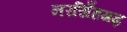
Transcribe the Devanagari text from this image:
नरसिँहगढ़